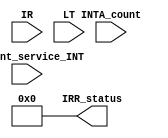
module IRR(
  input wire [7:0] IR, // interrupt request
  input wire LT,      // level triggred
  input wire[1:0] INTA_count,
  input wire [2:0] current_service_INT,
  output reg [7:0] IRR_status= 8'b0
   );

always@(*)
begin
if(LT) 
  IRR_status = IRR_status | IR; //If level triggered, the interrupt will be set to 1 as long as the device is sending an interrupt
end
   
always@(posedge IR[0])
    IRR_status[0] <= 1;
always@(posedge IR[1])
    IRR_status[1] <= 1;
always@(posedge IR[2])
    IRR_status[2] <= 1;
always@(posedge IR[3])
    IRR_status[3] <= 1;
    
always@(posedge IR[4])
    IRR_status[4] <= 1;
always@(posedge IR[5])
    IRR_status[5] <= 1;

always@(posedge IR[6])
    IRR_status[6] <= 1;
always@(posedge IR[7])
    IRR_status[7] <= 1;
    
    
    

 always@(INTA_count)
 begin
   if(INTA_count == 1 )
   IRR_status[current_service_INT] <= 0;
 end
 endmodule